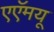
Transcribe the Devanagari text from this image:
एएॅमयू